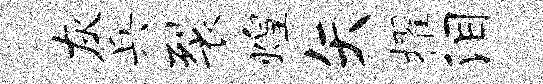
灰兵裂煌矢擢泪